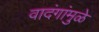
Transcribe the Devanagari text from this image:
वादंगांमुळे